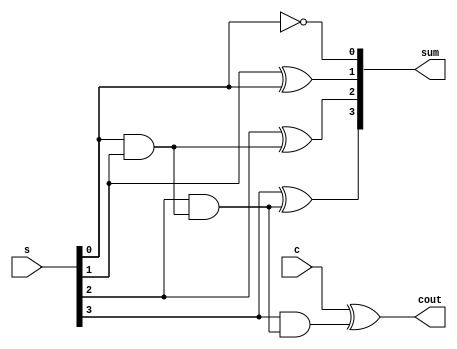
module bec (output [3:0]sum,output cout, input [3:0]s,input c);

wire x,y,z;

assign x=s[0]&s[1];
assign y=s[2]&x;
assign z=s[3]&y;
assign sum[0]=~s[0];
assign sum[1]=s[1]^s[0];
assign sum[2]=s[2]^x;
assign sum[3]=s[3]^y;
assign cout=c^z;

endmodule